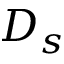
D _ { s }